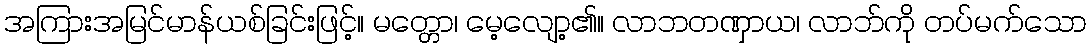
အကြားအမြင်မာန်ယစ်ခြင်းဖြင့်။ မတ္တော၊ မေ့လျော့၏။ လာဘတဏှာယ၊ လာဘ်ကို တပ်မက်သော